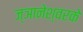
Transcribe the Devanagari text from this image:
ज्ञानेश्वरके